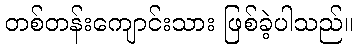
တစ်တန်းကျောင်းသား ဖြစ်ခဲ့ပါသည်။